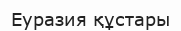
Еуразия құстары